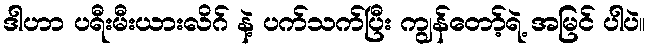
ဒါဟာ ပရီးမီးယားလိဂ် နဲ့ ပက်သက်ပြီး ကျွန်တော့်ရဲ့ အမြင် ပါပဲ။